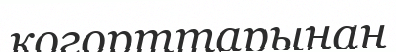
когорттарынан